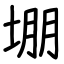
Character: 堋